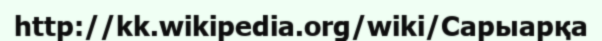
http://kk.wikipedia.org/wiki/Сарыарқа